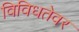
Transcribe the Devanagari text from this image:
विविधतेवर